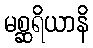
မစ္ဆရိယာနိ